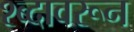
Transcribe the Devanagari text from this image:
श्ब्दावरून